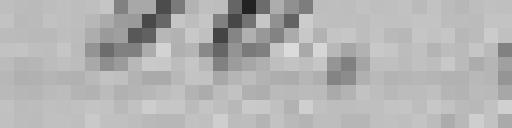
50